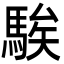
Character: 騃